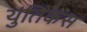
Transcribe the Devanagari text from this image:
युतिकेस